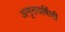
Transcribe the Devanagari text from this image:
अमृतवर्षिणी